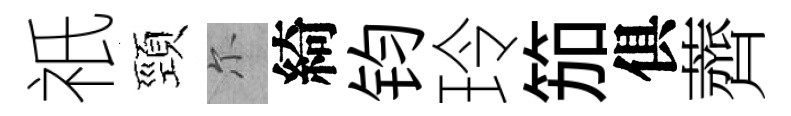
祇頸尓綺钧玲笳俱薺